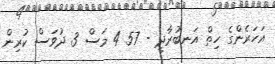
އަހަރެންގެ ހިތް އަނބުރާދީ - 57 4 މަސް 3 ދުވަސް ކުރިން